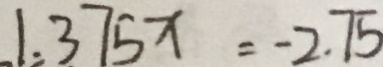
1 . 3 7 5 x = - 2 . 7 5